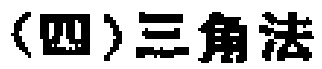
（四）三角法